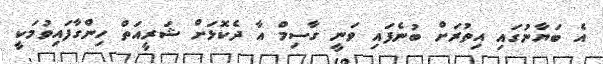
އެ ބަޔާނުގައި އިތުރަށް ބުނެފައި ވަނީ ގާސިމް އާ ދެކޮޅަށް ޝަރީއަތް ހިންގާފައިވުމަކީ